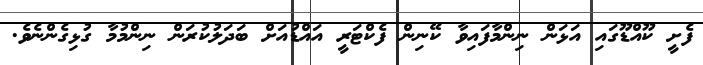
ފެށީ ކޫއްޑޫގައި އަޅަން ނިންމާފައިވާ ކޭނިން ފެކްޓަރީ އައްޑުއަށް ބަދަލުކުރަން ނިންމުމާ ގުޅިގެންނެވެ.